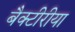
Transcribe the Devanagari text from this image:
बैक्टीरीया